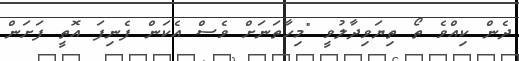
ދެން ކިއްވެ ތޯ ތިޔަވިދާލުވީ "މިހާތަނަށް ވެސް އެކަން ފެނިފަ އޮތީ ފަށަން